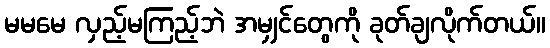
မမမေ လှည့်မကြည့်ဘဲ အမျှင်တွေကို ခုတ်ချလိုက်တယ်။